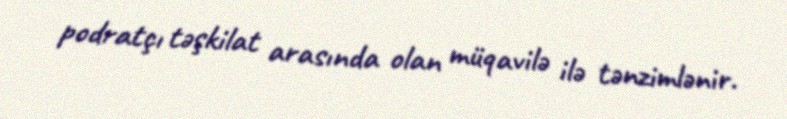
podratçı təşkilat arasında olan müqavilə ilə tənzimlənir.